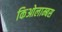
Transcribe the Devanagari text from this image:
किओलाम्बस